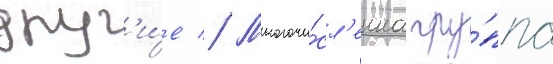
друг'и́е // Многочи́сл'енна гру́ппа